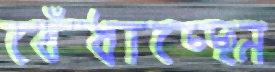
বেঁধাচ্ছেন